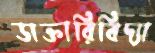
ডাক্তারিবিদ্যা